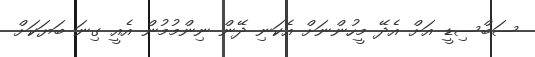
ސަބްސިޑީ އަށް އެދޭ މީހުންނަށް އެކަނި ދޭން ނިންމުމުން އެއީ ގިނަ ބަޔަކަށް